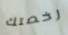
رخصتك